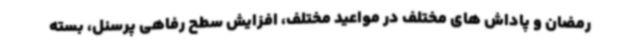
رمضان و پاداش های مختلف در مواعید مختلف، افزایش سطح رفاهی پرسنل، بسته